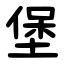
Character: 堡